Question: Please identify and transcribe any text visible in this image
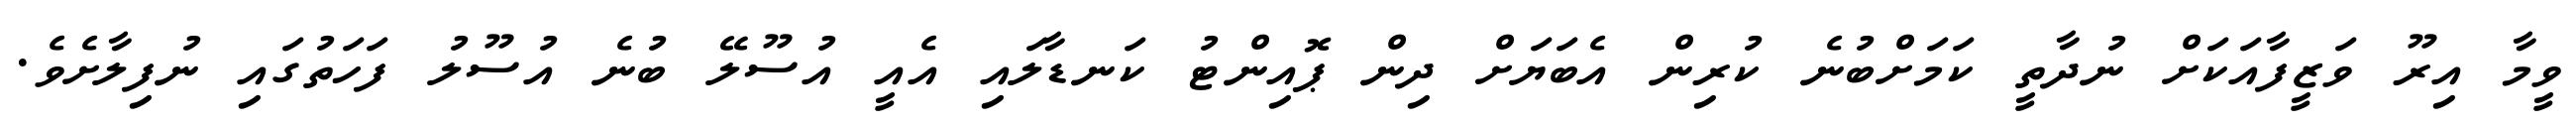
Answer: ވީމާ އިރޫ ވަޒީފާއަކަށް ނުދާތީ ކަމަށްބުނެ ކުރިން އެބަޔަށް ދިން ޕޮއިންޓު ކަނޑާލައި އެއީ އުސޫލޭ ބުނެ އުސޫލު ފަހަތުގައި ނުފިލާށެވެ.